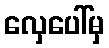
လှေပေါ်မှ